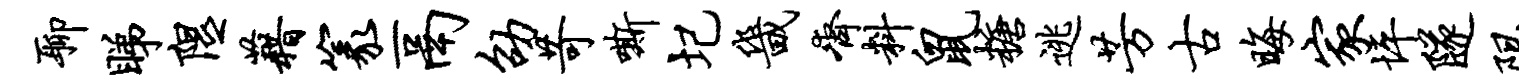
聊睇隰藉篆鬲劭苛嘶圮畿齐料鼠糖逃芳古晦家坪隧限